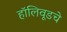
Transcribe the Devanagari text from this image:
हॉलिवूडचे